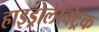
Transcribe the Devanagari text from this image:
हाइड्रोलेक्ट्रिक